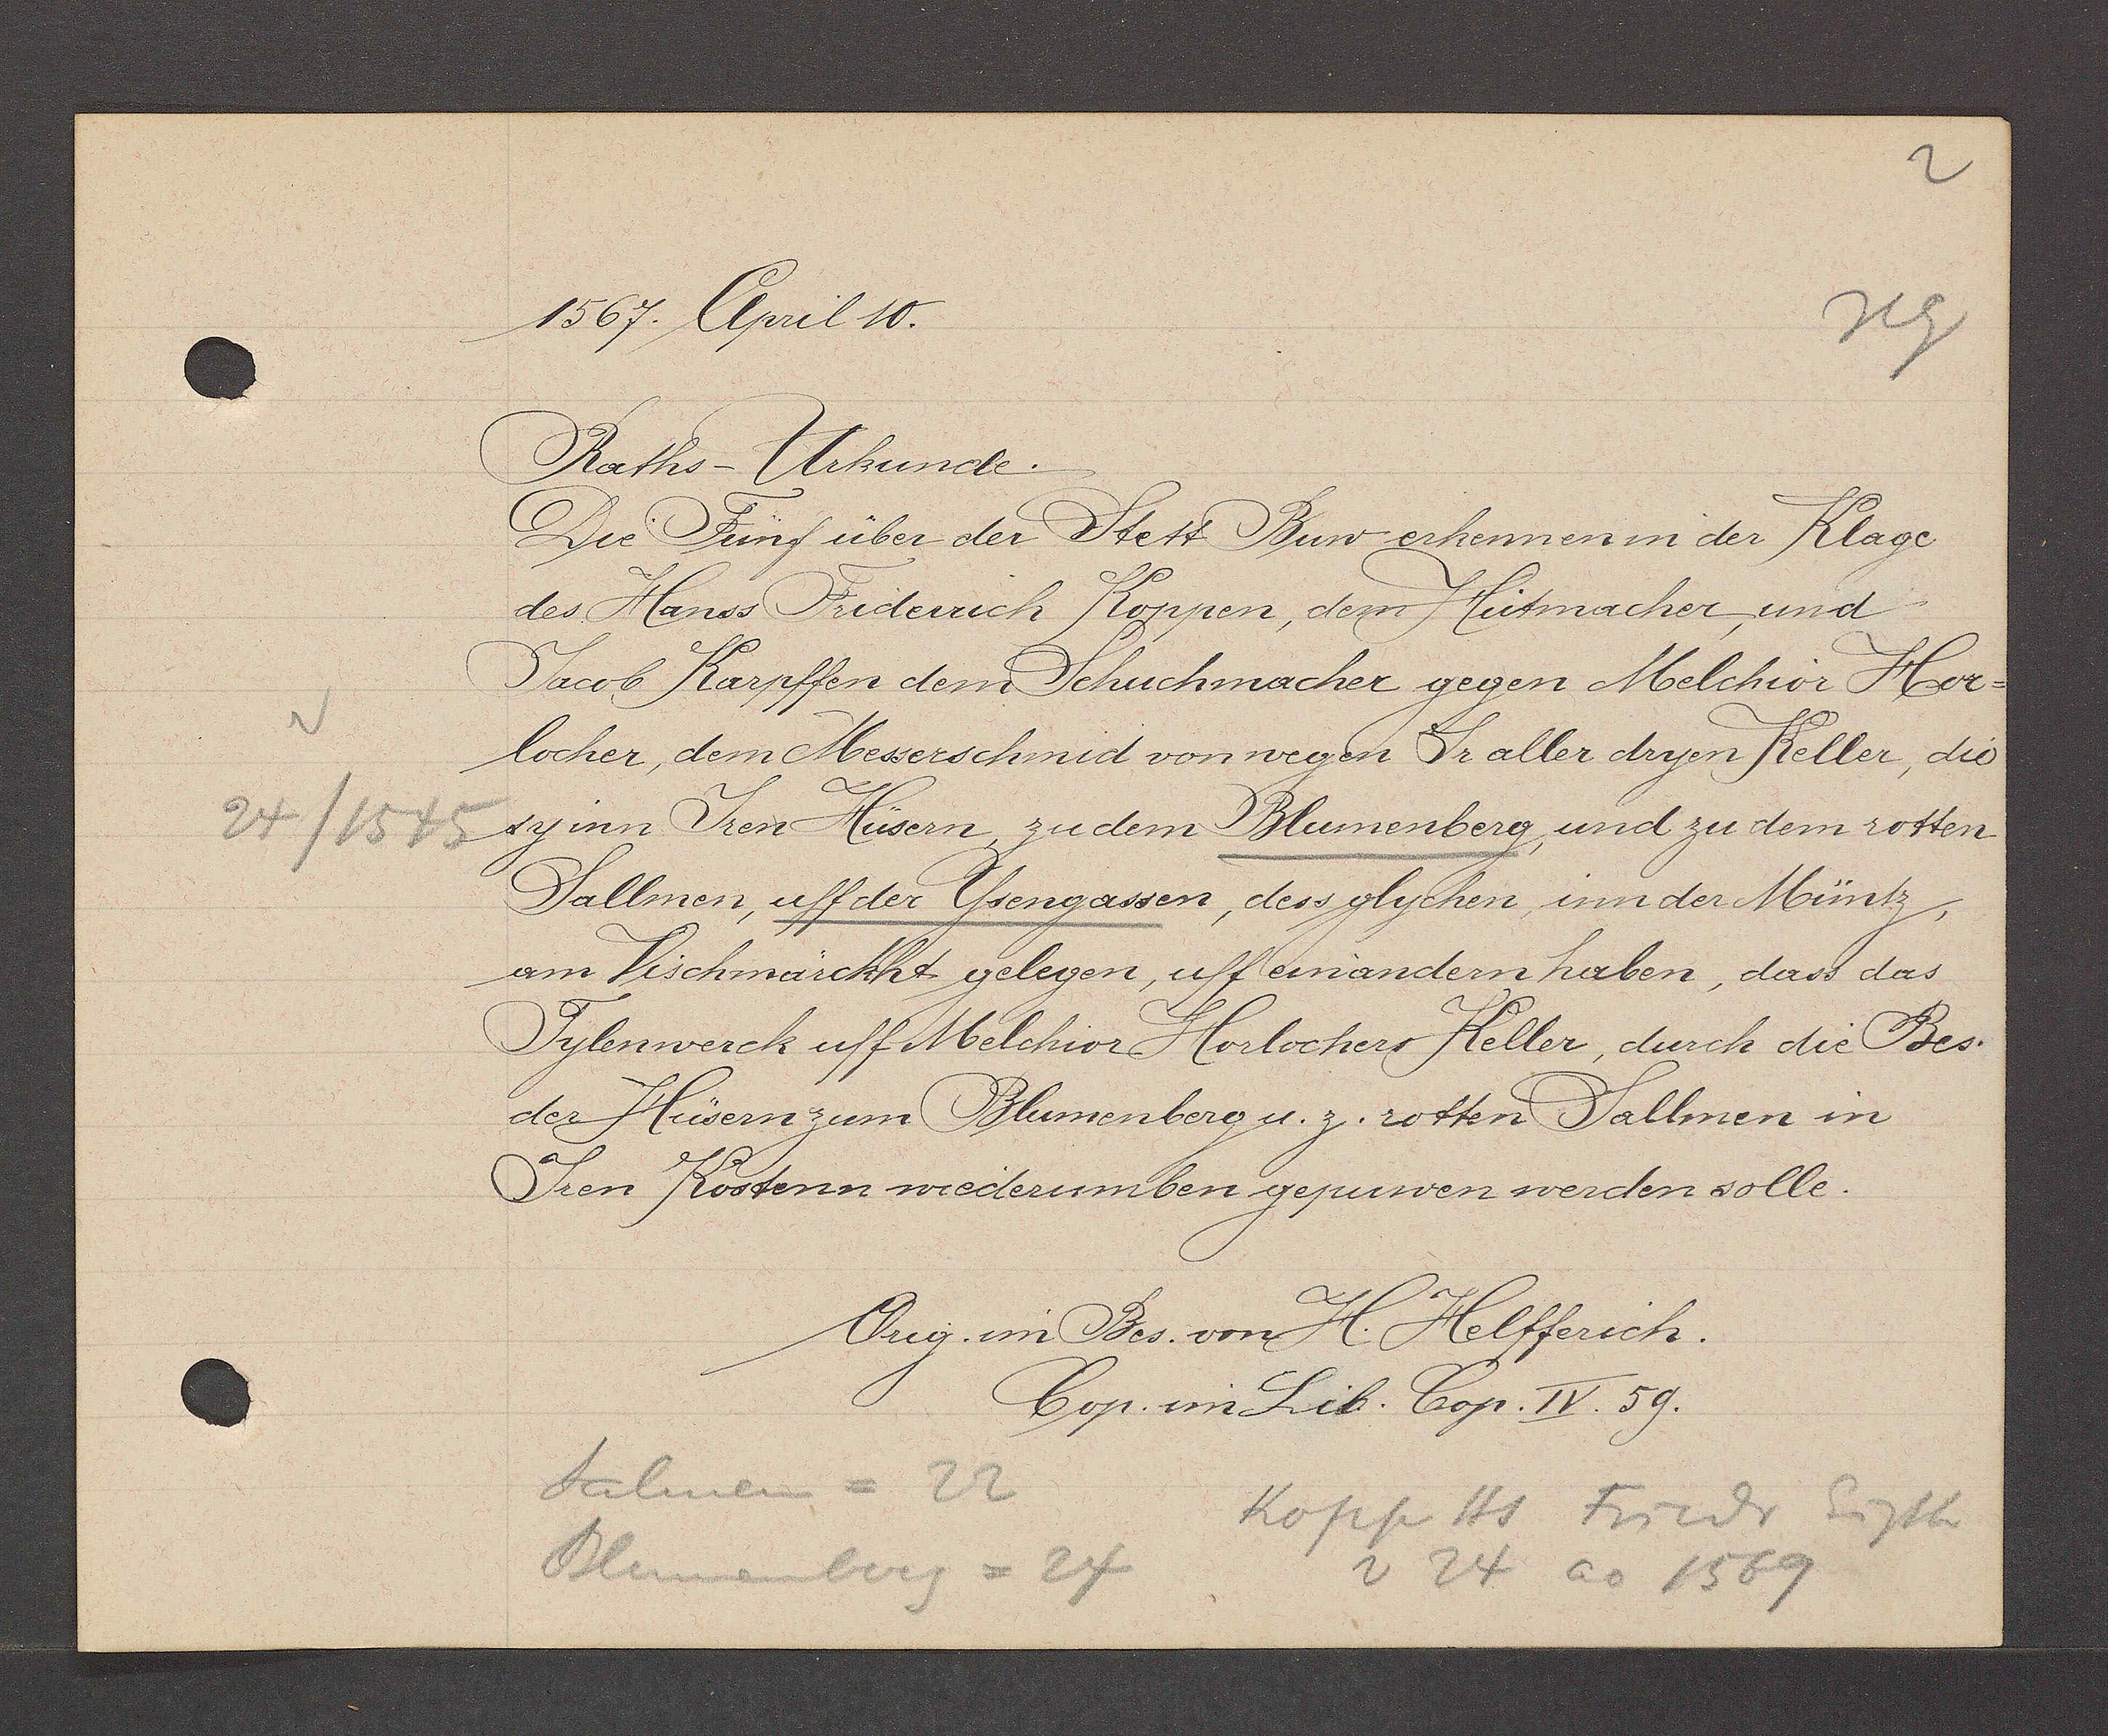
Transcript:
1567. April 10.
Raths-Urkunde.
Die Fünf über der Stett Bun erkennen in der Klage
des Hanss Friderch Koppen, dem Hutmacher und
Jacob Karpffen den Schuchmacher gegen Melchior Hor-
locher, dem Messerschmid von wegen Ir aller dryen Keller, die
24/ 1545
sy inn Iren Husern zudem Blumenberg und zu dem rotten
Sallmen, uff der Ysengassen, dessglychen, inn der Müntz
am Vischmärckht gelegen, uff einandern haben, das das
Tylenwerck uff Melchior Horlochers Keller, durch die Bes.
der Hüsern zum Blumenberg u.z. rotten Sallmen in
Iren Kostenn wiederumben gepuwen werden solle.
Orig. im Bes. von H. Helfferich.
Cop. in Lib. Cop. IV.59.
Salmen = 22
kopp Hs Fiedr Eigenth
Blumenberg= 24
⁓ 24 ao 1569